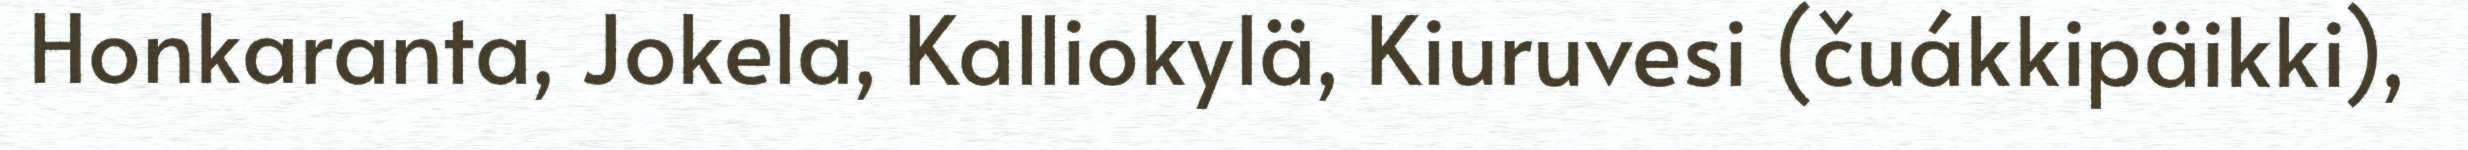
Honkaranta, Jokela, Kalliokylä, Kiuruvesi (čuákkipäikki),